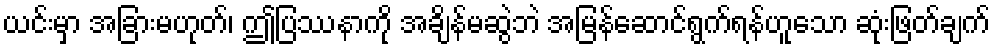
ယင်းမှာ အခြားမဟုတ်၊ ဤပြဿနာကို အချိန်မဆွဲဘဲ အမြန်ဆောင်ရွက်ရန်ဟူသော ဆုံးဖြတ်ချက်